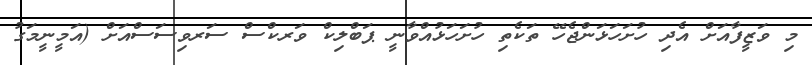
މި ވަޒީފާއަށް އެދި ހުށަހަޅަންޖެހޭ ތަކެތި ހުށަހަޅުއްވާނީ ޕަބްލިކް ވަރކްސް ސަރވިސަސްއަށް (އަމީނީމަގު